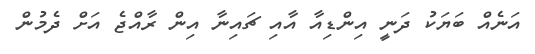
އަނެއް ބަޔަކު ދަނީ އިންޑިއާ އާއި ޗައިނާ އިން ރާއްޖެ އަށް ދެމުން